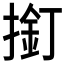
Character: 𱠣